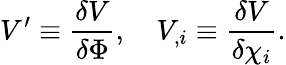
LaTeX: V^{\prime}\equiv\frac{\delta V}{\delta\Phi},\ \ \ \ V_{,i}\equiv\frac{\delta V}{\delta\chi_{i}}.